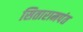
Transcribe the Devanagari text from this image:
सितारामपंत